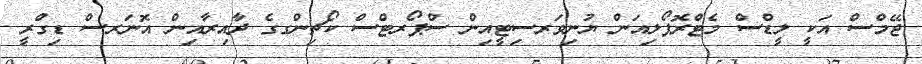
ޖޭމްސް އަކީ ލީޑްސް މެޓްރޮޕޯލިއަން ޔުނިވަރސިޓީއިން ސްޕޯރޓްސް ކޯޗިންގގެ ދާއިރާއިން އޮނަރސް ޑިގްރީ